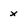
Character: x